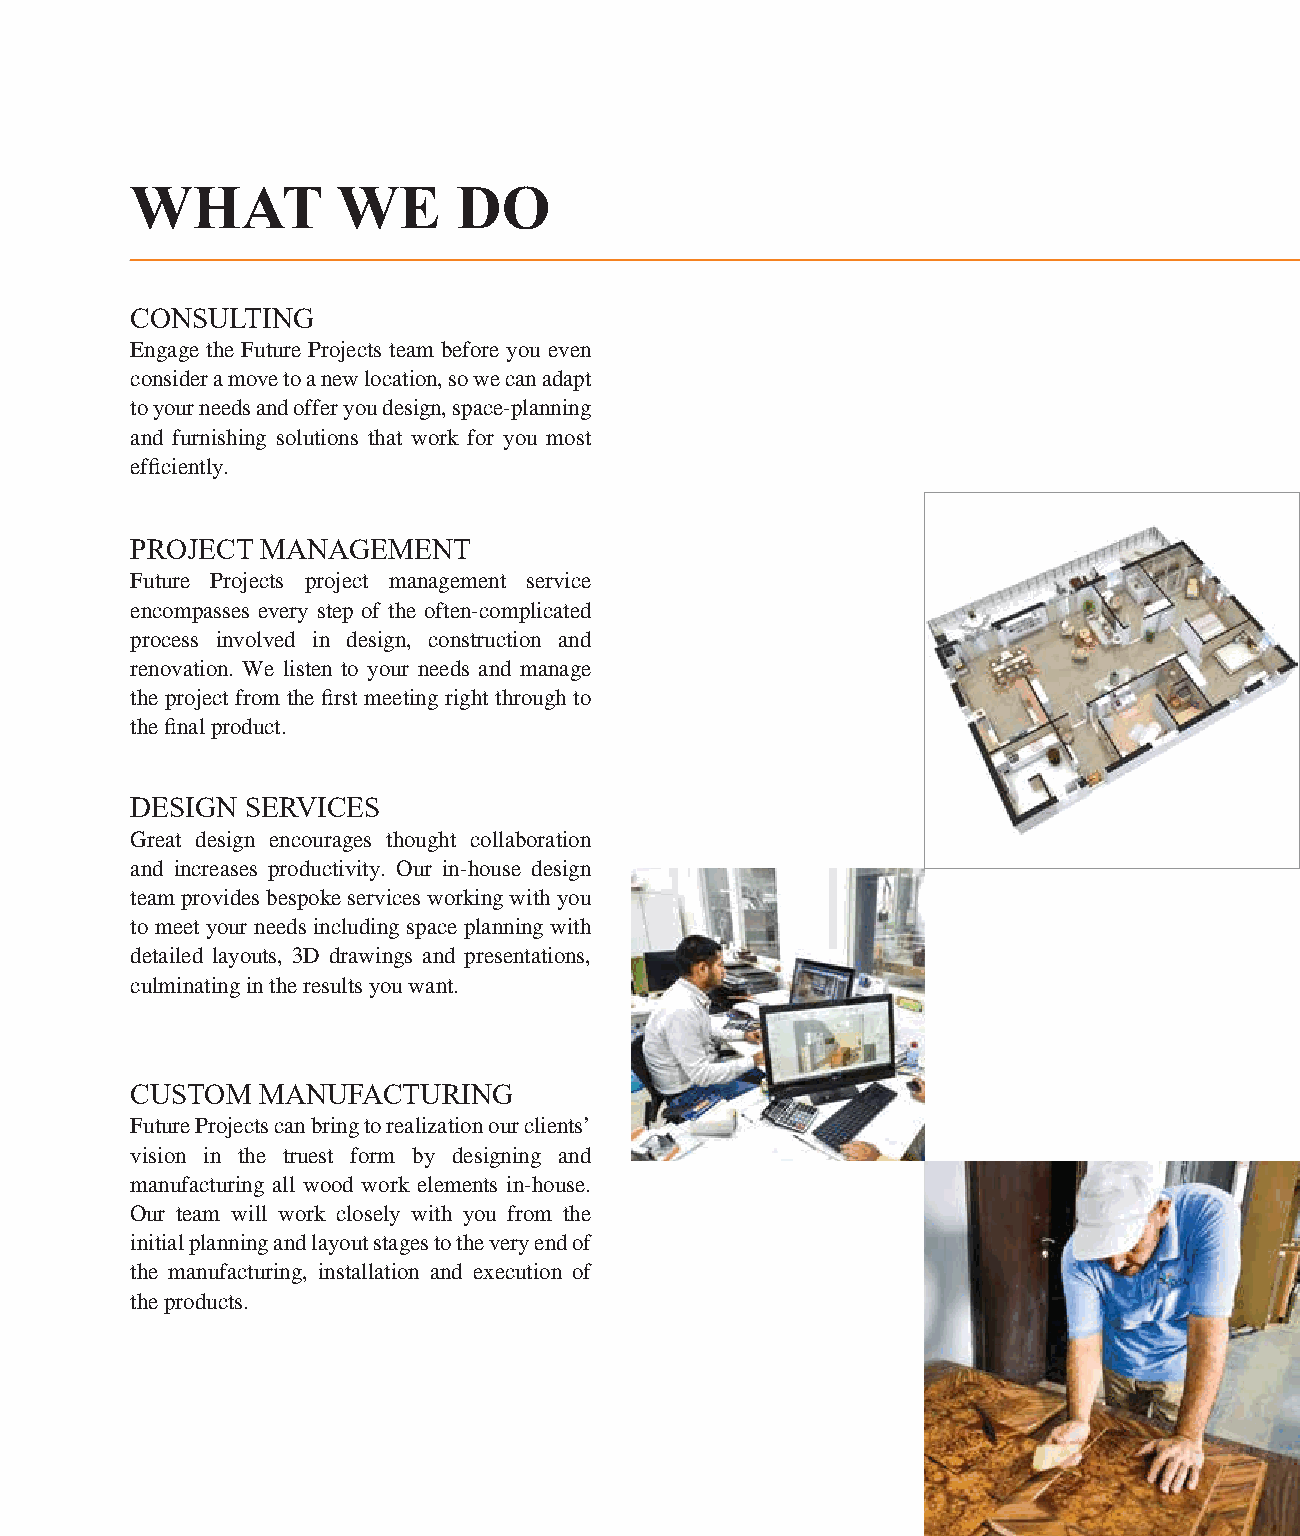
WHAT         WE      DO
 CONSULTING
 Engage the Future Projects team before you even
 consider a move to a new location, so we can adapt
 to your needs and offer you design, space-planning
 and furnishing solutions that work for you most
 efficiently.
 PROJECT MANAGEMENT
 Future Projects project management service
 encompasses every step of the often-complicated
 process involved in design, construction and
 renovation. We listen to your needs and manage
 the project from the first meeting right through to
 the final product.
 DESIGN SERVICES
 Great design encourages thought collaboration
 and increases productivity. Our in-house design
 team provides bespoke services working with you
 to meet your needs including space planning with
 detailed layouts, 3D drawings and presentations,
 culminating in the results you want.
 CUSTOM  MANUFACTURING
 Future Projects can bring to realization our clients’
 vision in the truest form by designing and
 manufacturing all wood work elements in-house.
 Our team will work closely with you from the
 initial planning and layout stages to the very end of
 the manufacturing, installation and execution of
 the products.